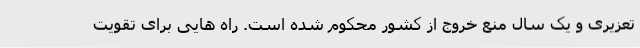
تعزیری و یک سال منع خروج از کشور محکوم شده است. راه هایی برای تقویت